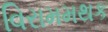
વિરામમથક